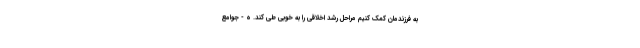
به فرزندمان کمک کنیم مراحل رشد اخلاقی را به خوبی طی کند. ه - جوامع